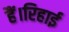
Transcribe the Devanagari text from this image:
हैं।रिहाई